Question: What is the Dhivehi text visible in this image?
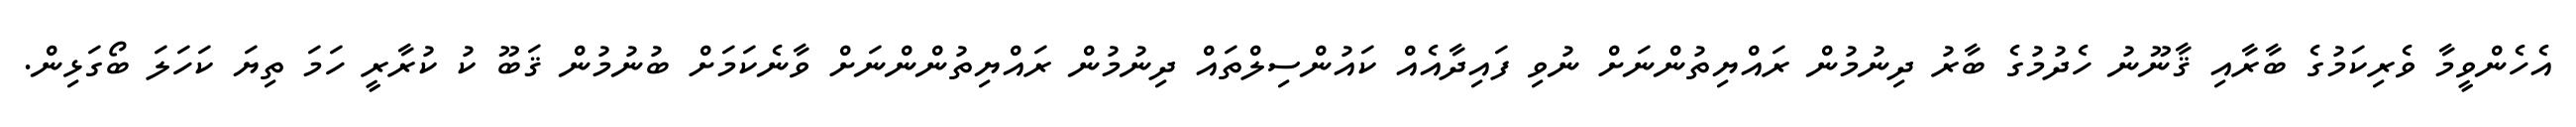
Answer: އެހެންވީމާ ވެރިކަމުގެ ބާރާއި ޤާނޫނު ހެދުމުގެ ބާރު ދިނުމުން ރައްޔިތުންނަށް ނުވި ފައިދާއެއް ކައުންސިލްތައް ދިނުމުން ރައްޔިތުންންނަށް ވާނެކަމަށް ބުނުމުން ޤަބޫ ކު ކުރާރީ ހަމަ ތިޔަ ކަހަލަ ބޯގަޅިން.